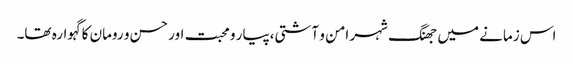
اس زمانے میں جھنگ شہر امن و آشتی،پیار و محبت اور حسن و رومان کا گہوارہ تھا۔